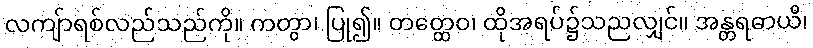
လကျ်ာရစ်လည်သည်ကို။ ကတွာ၊ ပြု၍။ တတ္ထေဝ၊ ထိုအရပ်၌သညလျှင်။ အန္တရဓာယိ၊